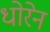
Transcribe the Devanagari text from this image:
धोरेन